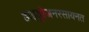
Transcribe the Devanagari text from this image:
हाइड्रोजनरसायनत